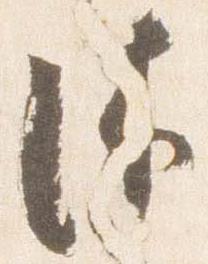
沐